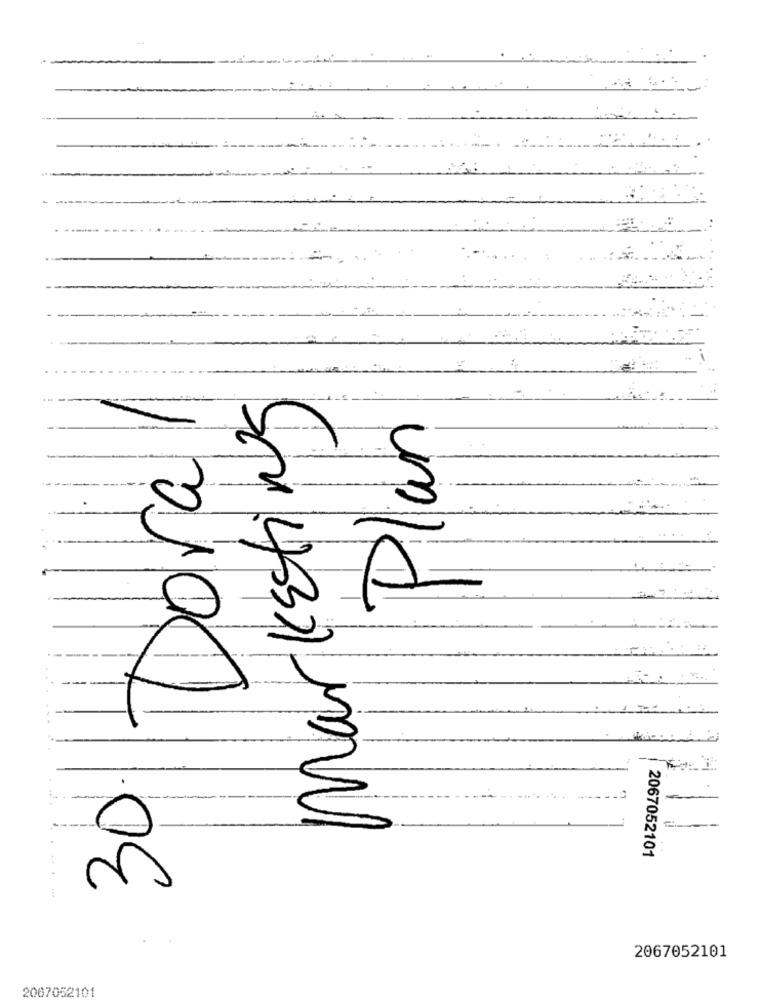
Plan
Dora
30.
S04 145321-mNul
2067052101
2067052101
2007052101